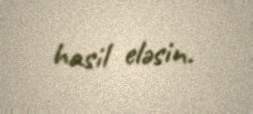
hasil eləsin.